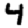
Digit: 4